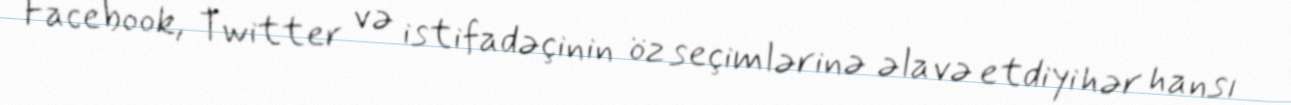
Facebook, Twitter və istifadəçinin öz seçimlərinə əlavə etdiyi hər hansı